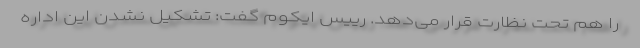
را هم تحت نظارت قرار می‌دهد. رییس ایکوم گفت: تشکیل نشدن این اداره